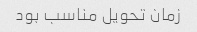
زمان تحویل مناسب بود